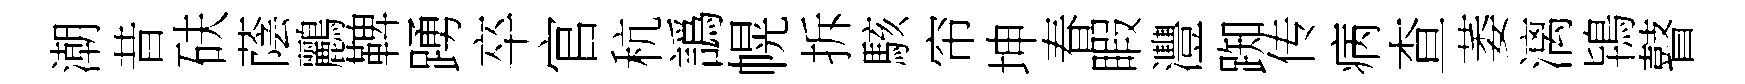
潮昔砆蔭鸝鞞踴卒官秔譌幌拆駭帘坤春睱灃踟传病查萎漓鴇瞽